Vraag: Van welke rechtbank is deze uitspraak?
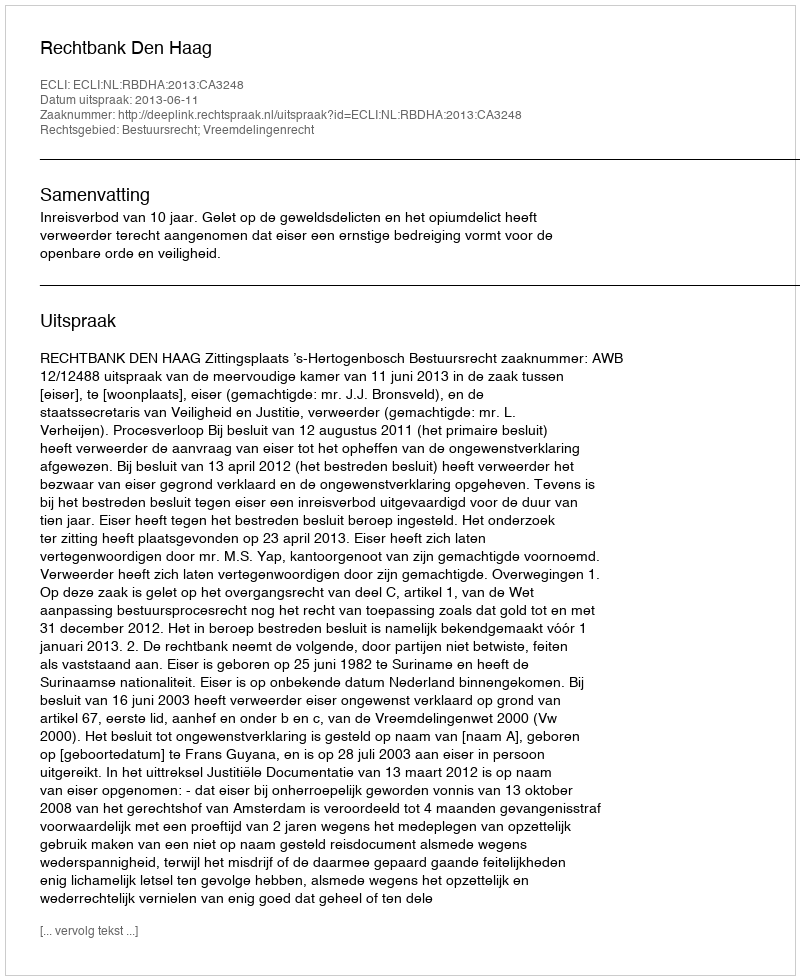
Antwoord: Rechtbank Den Haag